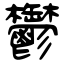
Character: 鬱